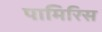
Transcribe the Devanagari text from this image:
पामिरिस